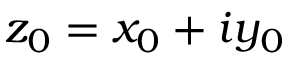
z _ { 0 } = x _ { 0 } + i y _ { 0 }